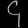
Digit: ၄